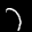
Label: 7